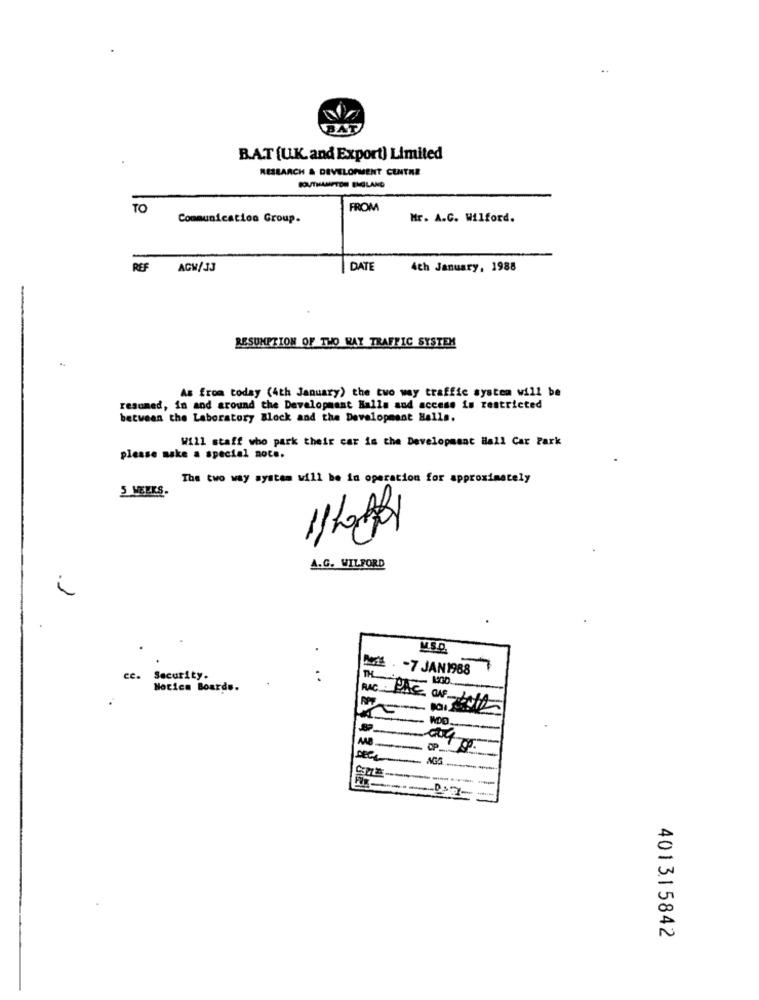
B.A.T [U.K. and Export) Limited
RESEARCH & DEVELOPMENT CENTRE
SOUTHAMPTON ENGLAND
TO
FROM
Communication Group.
Mr. A.C. Wilford.
REF
ACH/JJ
DATE
4th January, 1988
RESUMPTION OF THO MAY TRAFFIC SYSTEM
As from today (4th January) the two way traffic system will be
resumed, in and around the Development Halle and access is restricted
between the Laboratory Block and the Development Halls.
Will staff who park their car is the Development Hall Car Park
please make a special note.
The two way system will be in operation for approximately
3 WEEKS.
A.G. WILFORD
i
-7 JAN1988
ce.
Security.
Notice Boards.
WDO.
OP.
see
-------
401315842